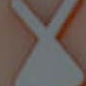
لا